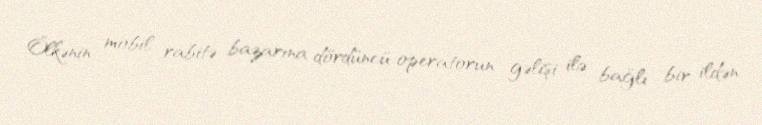
Ölkənin mobil rabitə bazarına dördüncü operatorun gəlişi ilə bağlı bir ildən